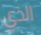
الذي